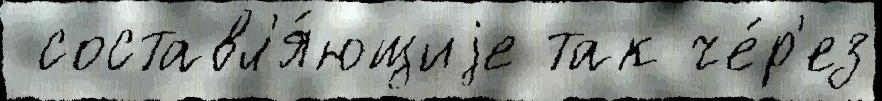
 составл'я́ющиjе так че́р'ез